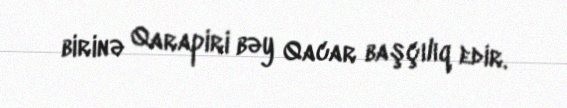
birinə Qarapiri bəy Qacar başçılıq edir.